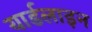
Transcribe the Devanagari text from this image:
यार्डलाइन